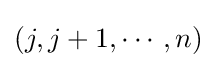
(j,j+1,\cdots ,n)